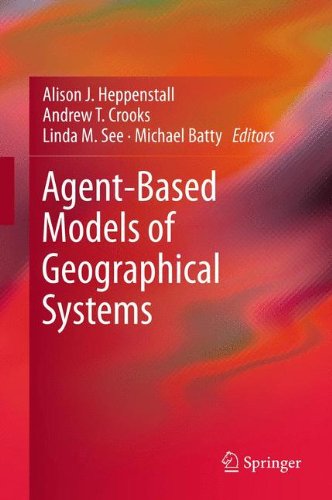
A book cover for Agent-Based Models of Geographical Systems; Computers & Technology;